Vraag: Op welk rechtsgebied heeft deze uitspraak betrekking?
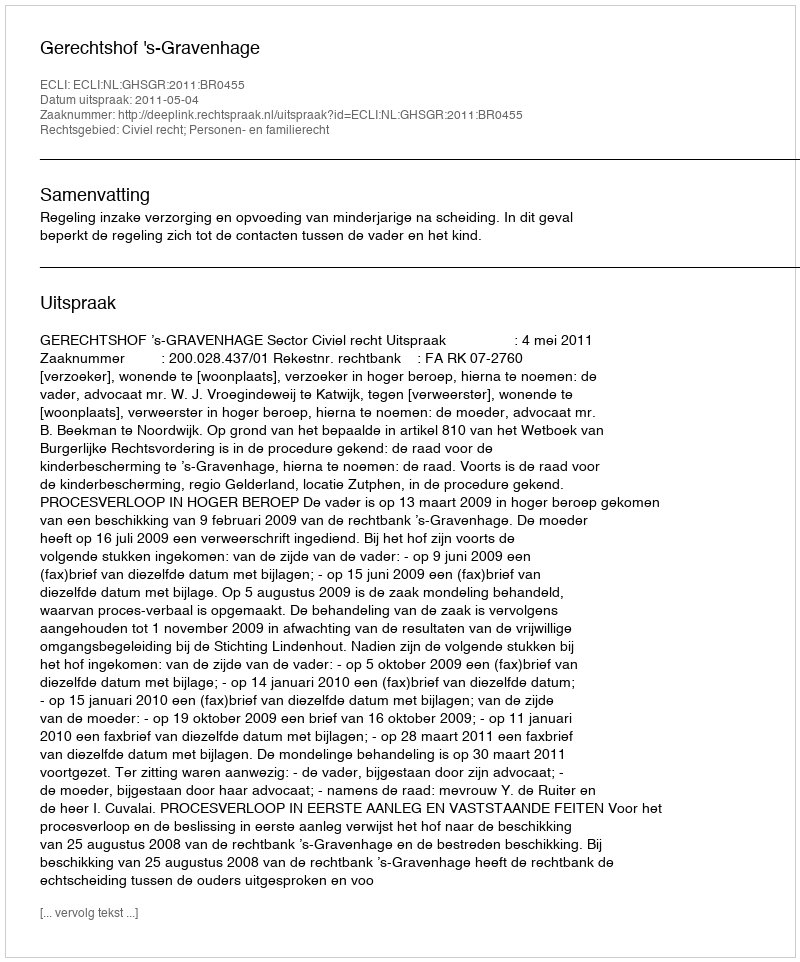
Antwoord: Civiel recht; Personen- en familierecht